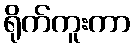
ရိုက်ကူးကာ